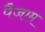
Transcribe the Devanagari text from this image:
पैजाम